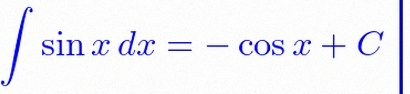
\int \sin x\,dx=-\cos x+C